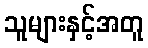
သူများနှင့်အတူ